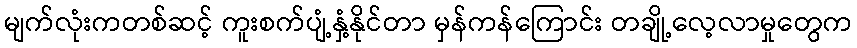
မျက်လုံးကတစ်ဆင့် ကူးစက်ပျံ့နှံ့နိုင်တာ မှန်ကန်ကြောင်း တချို့လေ့လာမှုတွေက